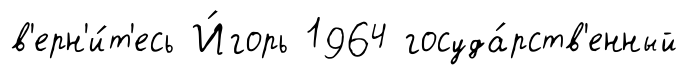
в'ерн'и́т'есь И́горь 1964 госуда́рств'енный